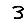
Digit: 3